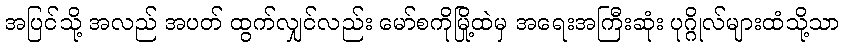
အပြင်သို့ အလည် အပတ် ထွက်လျှင်လည်း မော်စကိုမြို့ထဲမှ အရေးအကြီးဆုံး ပုဂ္ဂိုလ်များထံသို့သာ